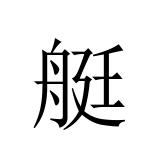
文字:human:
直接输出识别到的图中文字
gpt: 艇